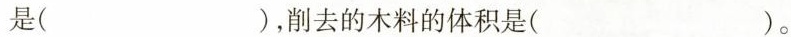
是()，削去的木料的体积是()。